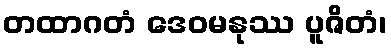
တထာဂတံ ဒေဝမနုဿ ပူဇိတံ၊